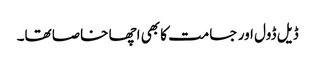
ڈیل ڈول اور جسامت کا بھی اچھا خاصا تھا۔